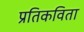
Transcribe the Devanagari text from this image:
प्रतिकविता